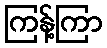
ကြန့်ကြာ